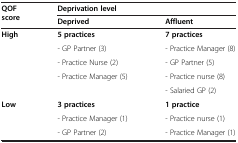
<table><thead><tr><td rowspan="2"><b>QOF score</b></td><td colspan="2"><b>Deprivation level</b></td></tr><tr><td><b>Deprived</b></td><td><b>Affluent</b></td></tr></thead><tbody><tr><td><b>High</b></td><td><b>5 practices</b></td><td><b>7 practices</b></td></tr><tr><td></td><td>- GP Partner (3)</td><td>- Practice Manager (8)</td></tr><tr><td></td><td>- Practice Nurse (2)</td><td>- GP Partner (5)</td></tr><tr><td></td><td>- Practice Manager (5)</td><td>- Practice nurse (8)</td></tr><tr><td></td><td></td><td>- Salaried GP (2)</td></tr><tr><td><b>Low</b></td><td><b>3 practices</b></td><td><b>1 practice</b></td></tr><tr><td></td><td>- Practice Manager (1)</td><td>- Practice nurse (1)</td></tr><tr><td></td><td>- GP Partner (2)</td><td>- Practice Manager (1)</td></tr></tbody></table>